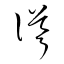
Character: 聳